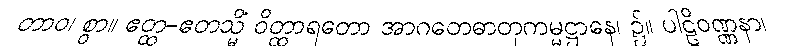
တာဝ၊ စွာ။ ဧတ္ထ-ဧတသ္မိံ ဝိတ္ထာရတော အာဂတေဓာတုကမ္မဋ္ဌာနေ၊ ၌။ ပါဠိဝဏ္ဏနာ၊